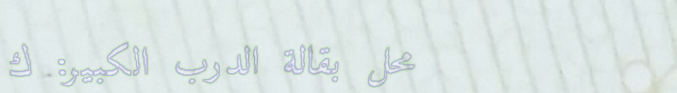
محل بقالة الدرب الكبير: ك